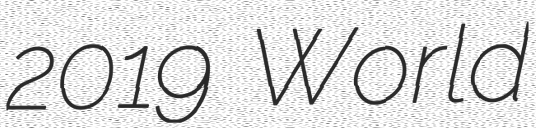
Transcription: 2019 World